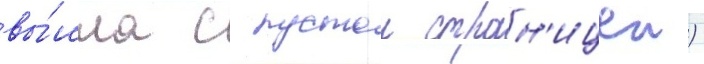
вы́шла с пустои стран'ицеи)